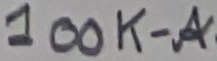
Text: 100K-A